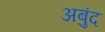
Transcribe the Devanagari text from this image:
अबुंद